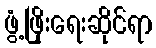
ဖွံ့ဖြိုးရေးဆိုင်ရာ